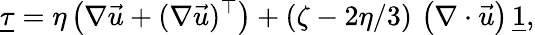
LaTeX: \underline{{\tau}}=\eta\left(\nabla\vec{u}+(\nabla\vec{u})^{\top}\right)+\left(\zeta-2\eta/3\right)\, \left(\nabla\cdot\vec{u}\right)\, \underline{{1}},